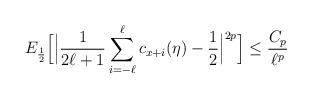
LaTeX: \begin{align*}E_{\frac{1}{2}}\Big[\Big|\frac{1}{2\ell+1} \sum_{i=-\ell}^\ell c_{x+i}(\eta)-\frac{1}{2}\Big|^{2p}\Big] \leq \frac{C_p}{\ell^p}\end{align*}